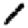
Digit: 1